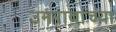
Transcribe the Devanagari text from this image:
उमरावांच्या